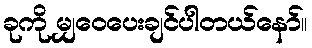
ခုကို မျှဝေပေးချင်ပါတယ်နော်။